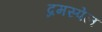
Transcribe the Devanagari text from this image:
द्रमस्पेल